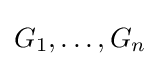
G_{1},\dots ,G_{n}